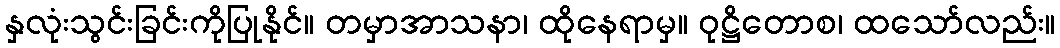
နှလုံးသွင်းခြင်းကိုပြုနိုင်။ တမှာအာသနာ၊ ထိုနေရာမှ။ ဝုဋ္ဌိတောစ၊ ထသော်လည်း။